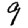
Digit: 9